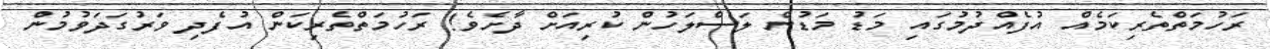
ރަހުމަތްތެރިކަމެއް އުފެއްދުމުގައި މަޑު މަޑުން ލަސްލަހުން ކުރިއަށް ދާށެވެ! ރަހުމަތްތެރިކަން އުފެދި ވަރުގަަދަވުމުން